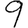
Digit: 9